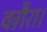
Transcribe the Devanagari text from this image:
वग़ैरा।